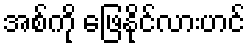
အစ်ကို ဖြေနိုင်လားဟင်